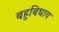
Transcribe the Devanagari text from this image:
बहुबिधाय